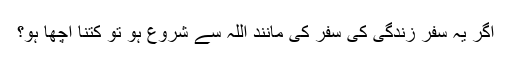
اگر یہ سفر زندگی کی سفر کی مانند اللہ سے شروع ہو تو کتنا اچھا ہو؟